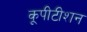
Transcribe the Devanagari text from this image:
कूपीटीशन